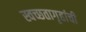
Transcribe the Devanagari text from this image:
स्वच्छतागृहांची